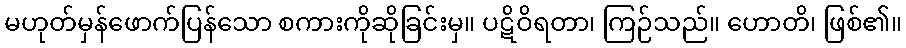
မဟုတ်မှန်ဖောက်ပြန်သော စကားကိုဆိုခြင်းမှ။ ပဋိဝိရတာ၊ ကြဉ်သည်။ ဟောတိ၊ ဖြစ်၏။